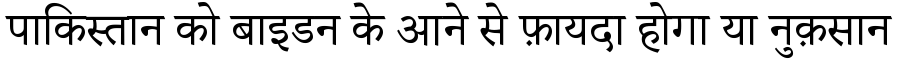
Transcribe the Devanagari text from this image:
पाकिस्तान को बाइडन के आने से फ़ायदा होगा या नुक़सान